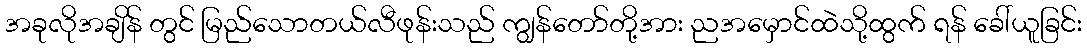
အခုလိုအချိန် တွင် မြည်သောတယ်လီဖုန်းသည် ကျွန်တော်တို့အား ညအမှောင်ထဲသို့ထွက် ရန် ခေါ်ယူခြင်း